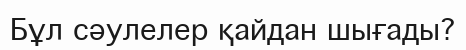
Бұл сәулелер қайдан шығады?